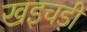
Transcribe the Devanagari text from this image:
खइचड़ी